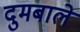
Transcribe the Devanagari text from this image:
दुमबाले